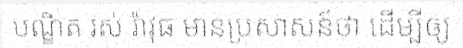
បណ្ឌិត រស់ រ៉ាវុធ មានប្រសាសន៍ថា ដើម្បីឲ្យ